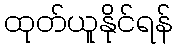
ထုတ်ယူနိုင်ရန်